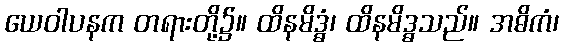
ယေဝါပနက တရားတို့၌။ ထိနမိဒ္ဓံ၊ ထိနမိဒ္ဓသည်။ အဓိကံ၊